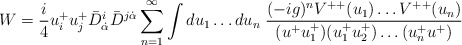
\begin{align*} W = {i\over 4} u^+_iu^+_j \bar D^i_{\dot\alpha}\bar D^{j\dot\alpha}\sum^\infty_{n=1} \int du_1\ldots du_n\; {(-ig)^{n} V^{++}(u_1) \ldots V^{++}(u_n) \over (u^+u^+_1)(u^+_1u^+_2) \ldots (u^+_nu^+)}\end{align*}